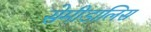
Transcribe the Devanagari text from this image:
सेमीडालिस